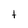
Character: t